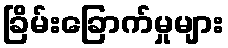
ခြိမ်းခြောက်မှုများ